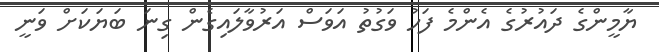
ޔާމީންގެ ދައުރުގެ އެންމެ ފަހު ވަގުތު އަވަސް އަރުވާލައިގެން ގިނަ ބަޔަކަށް ވަނީ